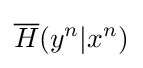
{\overline {H}}(y^{n}|x^{n})